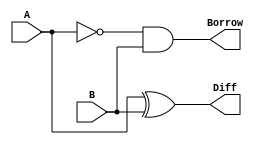


//half subtractor verilog code in dataflow modelling
module halfsubtractor(input A, input B, output Diff, output Borrow);
assign Diff = A ^ B;//difference logic expression
assign Borrow = ~A & B;//borrow logic expression
endmodule

module full_subtractor(input A, input B, input BorrowIn, output Diff, output BorrowOut);
wire Diff1, Borrow1, Borrow2;//intermediate connections
//module instantiation of fullsubtractor using halfsubtractor
halfsubtractor HS1(A, B, Diff1, Borrow1);
halfsubtractor HS2(Diff1, BorrowIn, Diff, Borrow2);
assign BorrowOut = Borrow1 | Borrow2;
endmodule